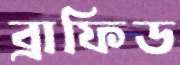
ব্রাফিড